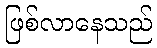
ဖြစ်လာနေသည်